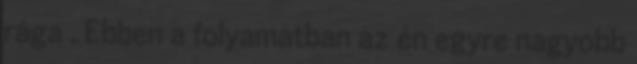
rága . Ebben a folyamatban az én egyre nagyobb